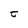
Character: t